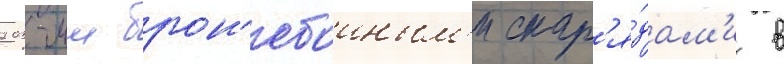
203-мм брон'ебоиным'и снар'я́дам'и в